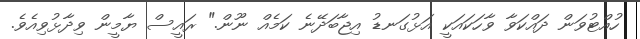
ހުއްޓުވަން ދައްކަވާ ވާހަކައަކީ އަޅުގަނޑު އިޖާބަދޭނެ ކަމެއް ނޫން." ރައީސް ޔާމީން ވިދާޅުވިއެވެ.